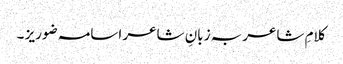
کلامِ شاعر بہ زبانِ شاعر اسامہ ضوریز ۔